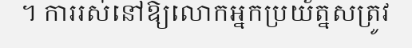
។ ការរស់នៅឱ្យលោកអ្នកប្រយ័ត្នសត្រូវ